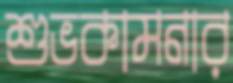
শুভকামনার